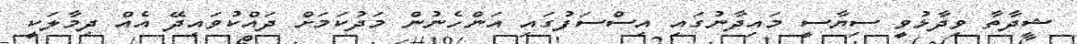
ޝިދާތާ ވިދާޅުވީ ސިޔާސީ މައިދާނުގައި އިސްސަފުގައި އަންހެނުން މަދުކަމަށް ދައްކުވައިދޭ އެއް ދިމާލަކީ